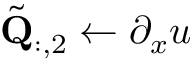
\tilde { \mathbf { Q } } _ { : , 2 } \gets \partial _ { x } u